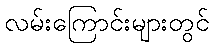
လမ်းကြောင်းများတွင်